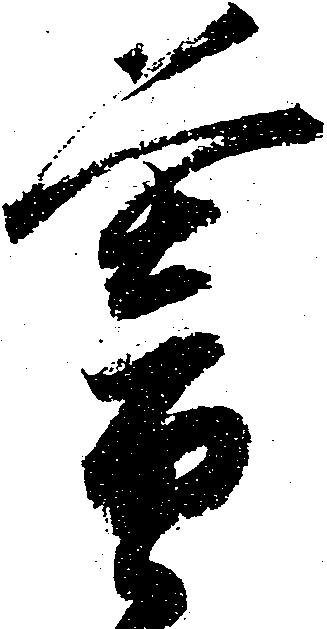
暮